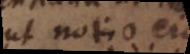
ut notio ejus